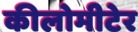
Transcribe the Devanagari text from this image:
कीलोमीटेर